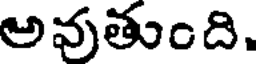
అవుతుంది.